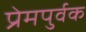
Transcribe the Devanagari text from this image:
प्रेमपुर्वक